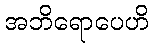
အဘိရောပေဟိ